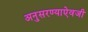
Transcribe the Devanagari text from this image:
अनुसरण्‍याऐवजी